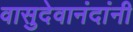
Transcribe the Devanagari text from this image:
वासुदेवानंदांनी